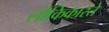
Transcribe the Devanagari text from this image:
लौकिकास्ते